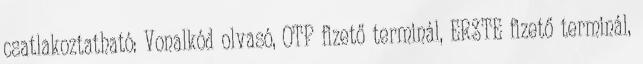
csatlakoztatható: Vonalkód olvasó, OTP fizető terminál, ERSTE fizető terminál,